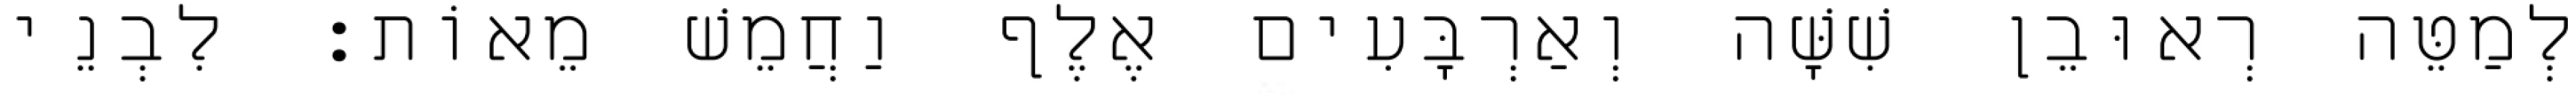
לְמַטֵּה רְאוּבֵן שִׁשָּׁה וְאַרְבָּעִים אֶלֶף וַחֲמֵשׁ מֵאוֹת׃ לִבְנֵי